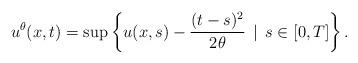
LaTeX: \begin{align*} u^{\theta}(x,t) = \sup \left\{ u(x,s) - \frac{(t - s)^{2}}{2 \theta} \, \mid \, s \in [0,T] \right\}.\end{align*}